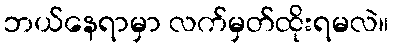
ဘယ်နေရာမှာ လက်မှတ်ထိုးရမလဲ။